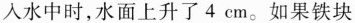
入水中时，水面上升了 4 cm。如果铁块